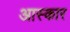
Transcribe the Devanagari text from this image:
आस्कार